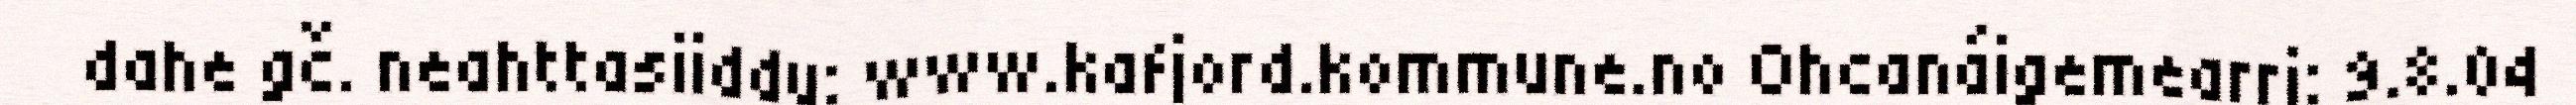
dahe gč. neahttasiiddu: www.kafjord.kommune.no Ohcanáigemearri: 9.8.04